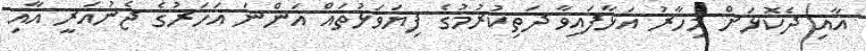
އާއި ދެކޮޅަށް މިހާރު އަޅާފައިވާ ދަތިކުރުމުގެ ފިޔަވަޅުތައް އަންނަ އަހަރުގެ ޖެނުއަރީ އާއި